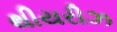
થીયરીઝ